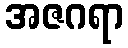
အဇဂရာ